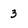
Character: 3